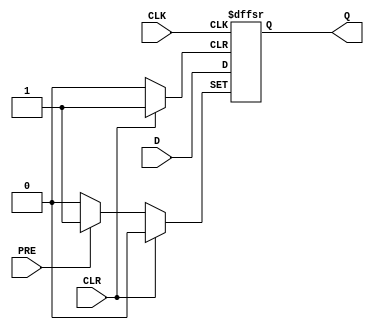
module d_flip_flop (
    input D,
    input CLK,
    input PRE,
    input CLR,
    output reg Q
);

always @(posedge CLK or posedge PRE or posedge CLR) begin
    if (PRE) begin
        Q <= 1; // Asynchronous preset
    end else if (CLR) begin
        Q <= 0; // Asynchronous clear
    end else begin
        Q <= D; // Store value of D on rising edge of CLK
    end
end

endmodule